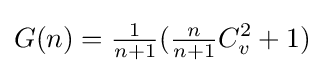
G(n)={\tfrac {1}{n+1}}({\tfrac {n}{n+1}}C_{v}^{2}+1)